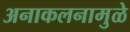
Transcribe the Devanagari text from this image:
अनाकलनामुळे